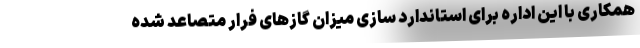
همکاری با این اداره برای استاندارد سازی میزان گازهای فرار متصاعد شده